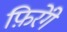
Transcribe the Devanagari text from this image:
फ़िरेंगे